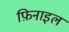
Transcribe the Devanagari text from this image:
फ़िनाइल